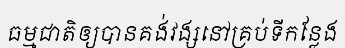
ធម្មជាតិឲ្យបានគង់វង្សនៅគ្រប់ទីកន្លែង